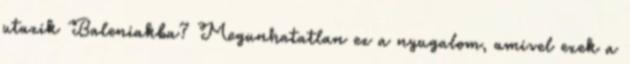
utazik Baleniakba? Megunhatatlan ez a nyugalom, amivel ezek a